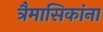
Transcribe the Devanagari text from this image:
त्रैमासिकांना